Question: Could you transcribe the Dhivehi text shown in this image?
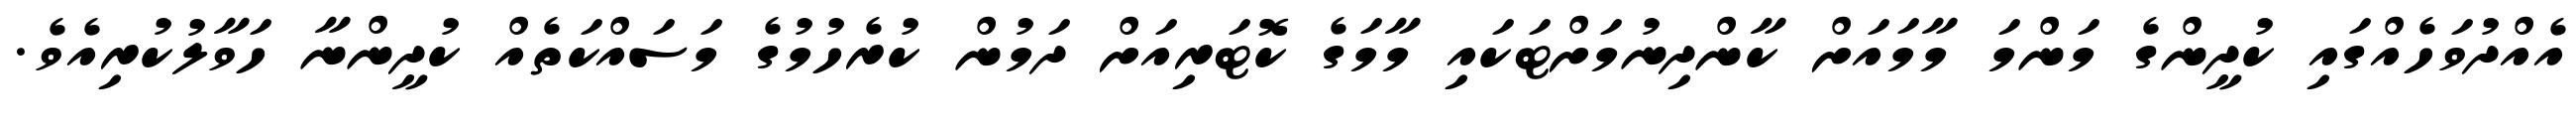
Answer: އެއްދުވަހެއްގައި ކުދީންގެ މަންމަ މާމައަށް ކާންދިނުމަށްޓަކައި މާމަގެ ކޮޓަރިއަށް ދަމުން ކުރެހުމުގެ މަސައްކަތެއް ކުދީންނާ ހަވާލުކުރިއެވެ.